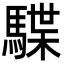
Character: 䮜